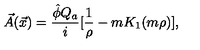
\vec { A } ( \vec { x } ) = \frac { \hat { \phi } Q _ { a } } { i } [ \frac { 1 } { \rho } - m K _ { 1 } ( m \rho ) ] ,